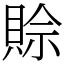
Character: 賒